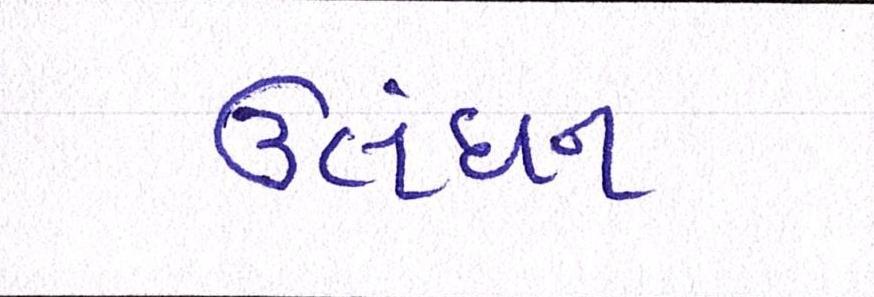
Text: ઉલંઘન